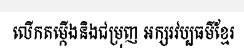
លើកតម្កើងនិងជម្រុញ អក្សរវប្បធម៌ខ្មែរ